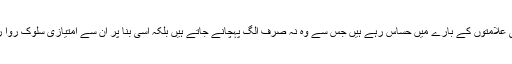
اہلِ تشیع تو بہت پہلے سے اپنی امتیازی شناختی علامتوں کے بارے میں حساس رہے ہیں جس سے وہ نہ صرف الگ پہچانے جاتے ہیں بلکہ اسی بنا پر ان سے امتیازی سلوک روا رکھنا بھی دوسروں کے لیے ممکن ہو جاتا ہے۔